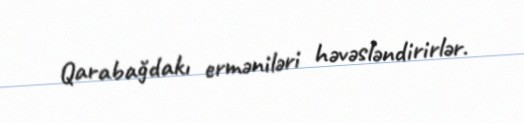
Qarabağdakı erməniləri həvəsləndirirlər.